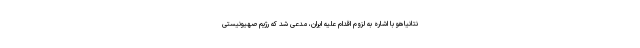
نتانیاهو با اشاره به لزوم اقدام علیه ایران، مدعی شد که رژیم صهیونیستی